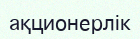
ақционерлік